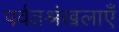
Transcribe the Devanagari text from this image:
पर्वतश्रंखलाएँ